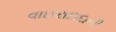
વાછરાદાદાની